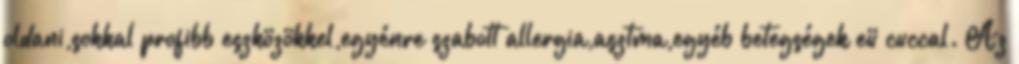
oldani,sokkal profibb eszközökkel,egyénre szabott allergia,asztma,egyéb betegségek eü cuccal. Az